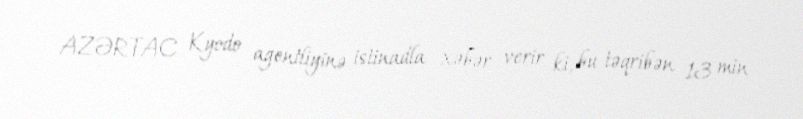
AZƏRTAC Kyodo agentliyinə istinadla xəbər verir ki, bu təqribən 13 min